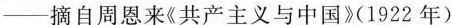
——摘自周恩来《共产主义与中国》(1922年)